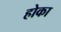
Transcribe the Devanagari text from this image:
होका